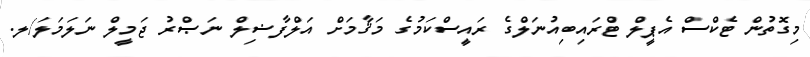
މިގޮތުން ޓެކްސް އެޕީލް ޓްރައިބިއުނަލްގެ ރައީސްކަމުގެ މަޤާމަށް އަލްފާޟިލް ނަޞްރު ޖަމީލް ނަލަމަލަ/ލ.